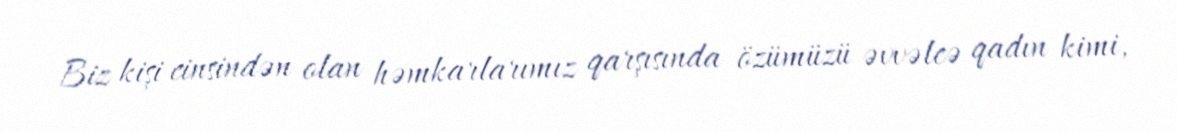
Biz kişi cinsindən olan həmkarlarımız qarşısında özümüzü əvvəlcə qadın kimi,